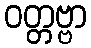
ဝတ္တဗ္ဗာ